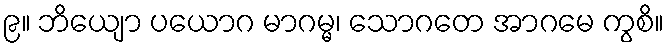
၉။ ဘိယျော ပယောဂ မာဂမ္မ၊ သောဂတေ အာဂမေ ကွစိ။